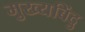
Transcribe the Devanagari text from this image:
मुख्यबिंदु